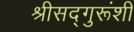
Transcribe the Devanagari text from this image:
श्रीसद्गुरूंशी